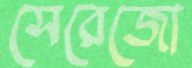
সেরেজো